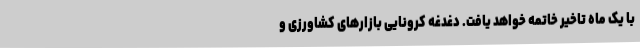
با یک ماه تاخیر خاتمه خواهد یافت. دغدغه کرونایی بازارهای کشاورزی و